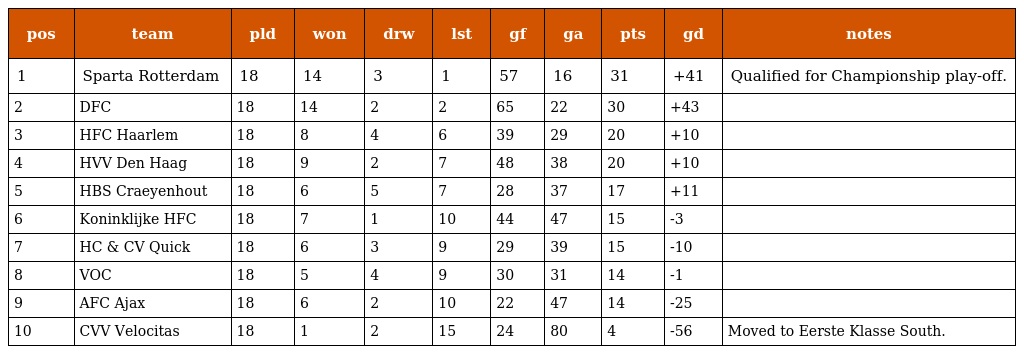
| pos | team | pld | won | drw | lst | gf | ga | pts | gd | notes |
 | --- | --- | --- | --- | --- | --- | --- | --- | --- | --- | --- |
 | 1 | Sparta Rotterdam | 18 | 14 | 3 | 1 | 57 | 16 | 31 | +41 | Qualified for Championship play-off. |
 | 2 | DFC | 18 | 14 | 2 | 2 | 65 | 22 | 30 | +43 |  |
 | 3 | HFC Haarlem | 18 | 8 | 4 | 6 | 39 | 29 | 20 | +10 |  |
 | 4 | HVV Den Haag | 18 | 9 | 2 | 7 | 48 | 38 | 20 | +10 |  |
 | 5 | HBS Craeyenhout | 18 | 6 | 5 | 7 | 28 | 37 | 17 | +11 |  |
 | 6 | Koninklijke HFC | 18 | 7 | 1 | 10 | 44 | 47 | 15 | -3 |  |
 | 7 | HC & CV Quick | 18 | 6 | 3 | 9 | 29 | 39 | 15 | -10 |  |
 | 8 | VOC | 18 | 5 | 4 | 9 | 30 | 31 | 14 | -1 |  |
 | 9 | AFC Ajax | 18 | 6 | 2 | 10 | 22 | 47 | 14 | -25 |  |
 | 10 | CVV Velocitas | 18 | 1 | 2 | 15 | 24 | 80 | 4 | -56 | Moved to Eerste Klasse South. |